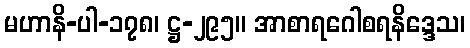
မဟာနိ-ပါ-၁၇၈၊ ဋ္ဌ-၂၉၅။ အာစာရဂေါစရနိဒ္ဒေသ၊